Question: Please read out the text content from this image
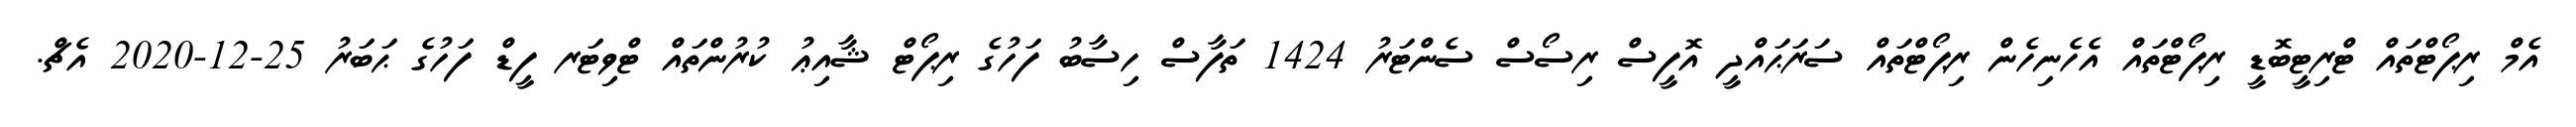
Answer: އެމް ރިޕޯޓްތައް ޓްރިޓީބޮޑީ ރިޕޯޓްތައް އެހެނިހެން ރިޕޯޓްތައް ސަރަޙައްދީ އޮފީސް ރިސޯސް ސެންޓަރު 1424 ތަފާސް ހިސާބު ފަހުގެ ރިޕޯޓް ޝާއިޢު ކުރުންތައް ޓްވިޓަރ ފީޑް ފަހުގެ ޙަބަރު 25-12-2020 އެޗް.